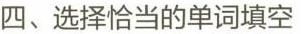
四、选择恰当的单词填空